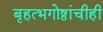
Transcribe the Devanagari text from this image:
बृहत्भगोष्ठांचीही